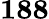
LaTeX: \mathbf{188}